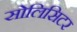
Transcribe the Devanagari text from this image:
सोलिसिटर